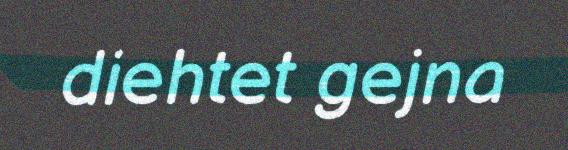
diehtet gejna